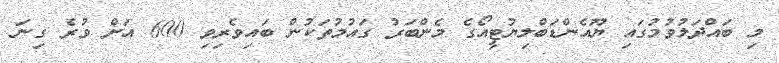
މި ބައްދަލުވުމުގައި ޔޫއެންޑަބްލިޔުޓީއޯގެ މެންބަރު ގައުމުތަކުން ބައިވެރިވި 600 އަށް ވުރެ ގިނަ